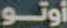
أوتو